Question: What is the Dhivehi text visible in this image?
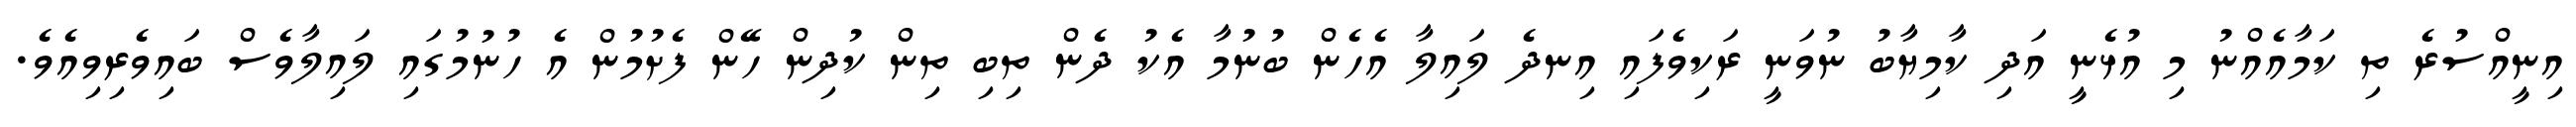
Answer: އިނީއްސުރެ ތި ކަމާއެއްނު މި އުޅެނީ އަދި ކާމިޔާބު ނުވަނީ ރަކިވެފައި އިނދެ ލައިލާ އެހެން ބުނުމާ އެކު ދެން ތިބި ތިން ކުދިން ހޭން ފެށުމުން އެ ހުނުމުގައި ލައިލާވެސް ބައިވެރިވިއެވެ.